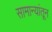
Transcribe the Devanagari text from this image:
सामान्यांतून